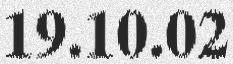
19.10.02